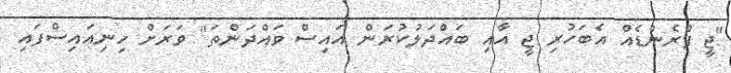
"ޖީ ފްރެންޑެއް އެބަހުރި ޖީ އާއި ބައްދަލުކުރަން އައިސް ވައްދަންތަ" ވަރަށް ހިނިއައިސްފައި